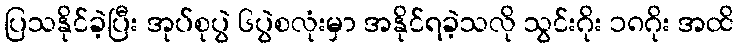
ပြသနိုင်ခဲ့ပြီး အုပ်စုပွဲ ၆ပွဲစလုံးမှာ အနိုင်ရခဲ့သလို သွင်းဂိုး ၁၈ဂိုး အထိ